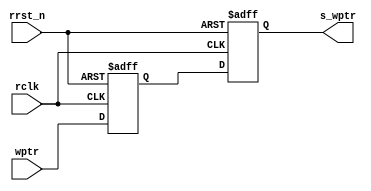
`timescale 1ns/10ps
module syn_w2r #(
   parameter ASIZE = 4
) 
( 
   input  wire [ASIZE:0] wptr   ,
   input  wire           rclk   , 
   input  wire           rrst_n , 
   output reg [ASIZE:0]  s_wptr
); 
   reg [ASIZE:0] tmp_wptr;
   always @(posedge rclk or negedge rrst_n) begin
      if (!rrst_n) begin 
         {s_wptr,tmp_wptr} <= 0;
      end else begin 
         {s_wptr,tmp_wptr} <= {tmp_wptr,wptr};
      end 
   end 

endmodule